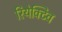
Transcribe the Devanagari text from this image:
रियेक्टिव